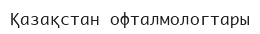
Қазақстан офталмологтары